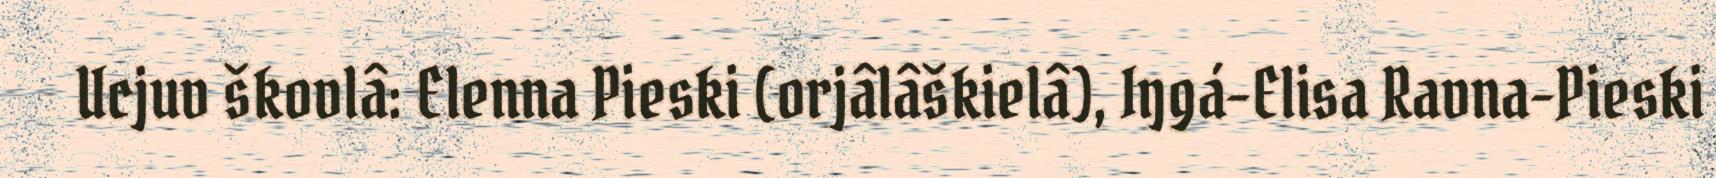
Ucjuv škovlâ: Elenna Pieski (orjâlâškielâ), Iŋgá-Elisa Ravna-Pieski